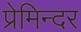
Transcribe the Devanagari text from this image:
प्रेमिन्दर